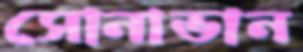
সোনাভান